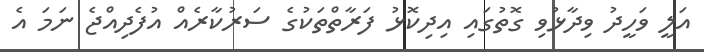
އަލީ ވަހީދު ވިދާޅުވި ގޮތުގައި އިދިކޮޅު ފަރާތްތަކުގެ ސަރުކާރެއް އުފެދިއްޖެ ނަމަ އެ